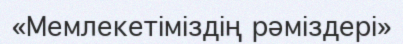
«Мемлекетіміздің рәміздері»